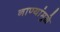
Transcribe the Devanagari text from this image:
नाण्यांमुळे